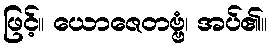
ဖြင့်။ ယောဇေတဗ္ဗံ၊ အပ်၏။